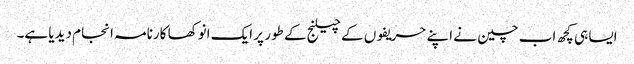
ایسا ہی کچھ اب چین نے اپنے حریفوں کے چیلنج کے طور پر ایک انوکھا کارنامہ انجام دیدیا ہے۔